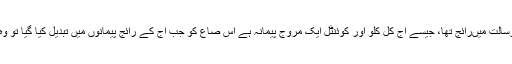
صاع ایک پیمانہ تھا جو عہدرسالت میںرائج تھا، جیسے آج کل کلو اور کوئنٹل ایک مروّج پیمانہ ہے اس صاع کو جب آج کے رائج پیمانوں میں تبدیل کیا گیا تو وہ احتیاطاً سوا تین کلو قرار پایا۔